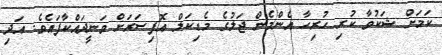
ކަމަށް ޝަކުވާ ކުރި ހުރިހާ އެންމެން ޖަލުގެ މެޑިކަލް އޮފިސަރަށް ވަނީދައްކާފައެވެ. އަދި